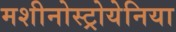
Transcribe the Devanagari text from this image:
मशीनोस्ट्रोयेनिया